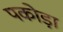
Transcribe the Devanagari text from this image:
पकोड़ा़